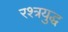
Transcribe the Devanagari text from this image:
रश्त्रयुद्ध